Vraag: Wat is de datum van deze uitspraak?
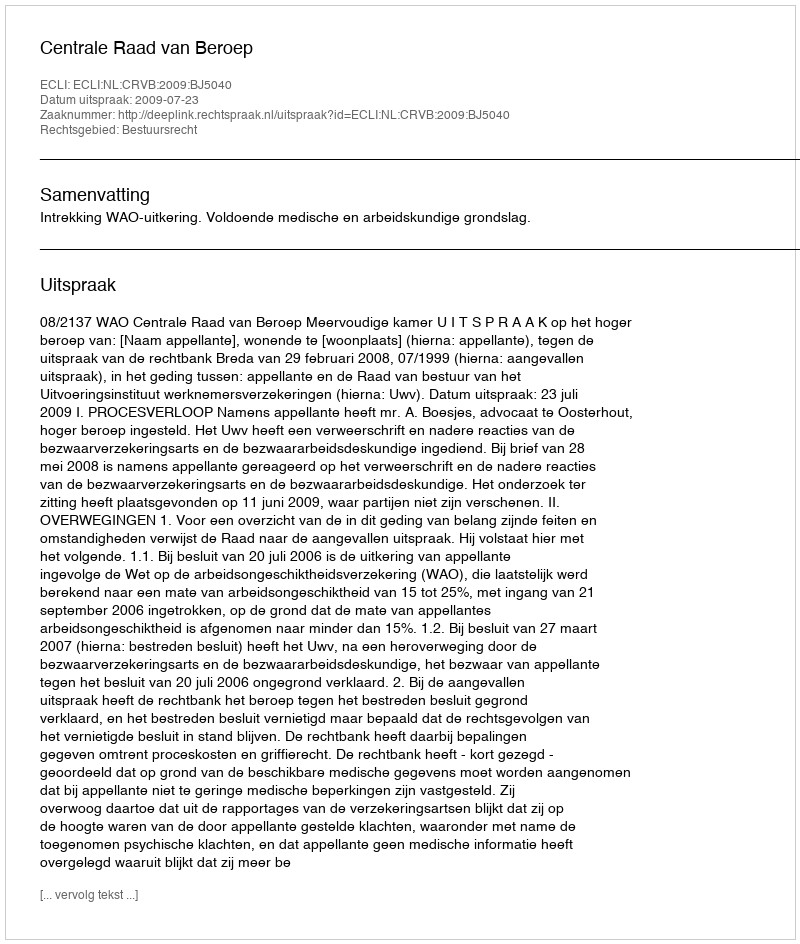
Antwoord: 2009-07-23